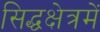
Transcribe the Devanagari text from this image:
सिद्धक्षेत्रमें